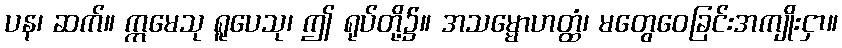
ပန၊ ဆက်။ ဣမေသု ရူပေသု၊ ဤ ရုပ်တို့၌။ အသမ္မောဟတ္ထံ၊ မတွေဝေခြင်းအကျိုးငှာ။